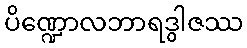
ပိဏ္ဍောလဘာရဒွါဇဿ